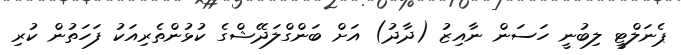
ޕެނަލްޓީ ލިބުނީ ހަސަން ނާއިޒު (ދާދު) އަށް ބަންގްލަދޭޝްގެ ކުޅުންތެރިއަކު ފަހަތުން ކުރި